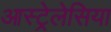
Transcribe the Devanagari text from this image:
आस्ट्रेलेसिया